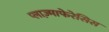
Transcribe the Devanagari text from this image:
प्लाज़्माफेरेसिस